Vaccination in the Punjab 1919-1929 - 1919-1929
Year: 1919
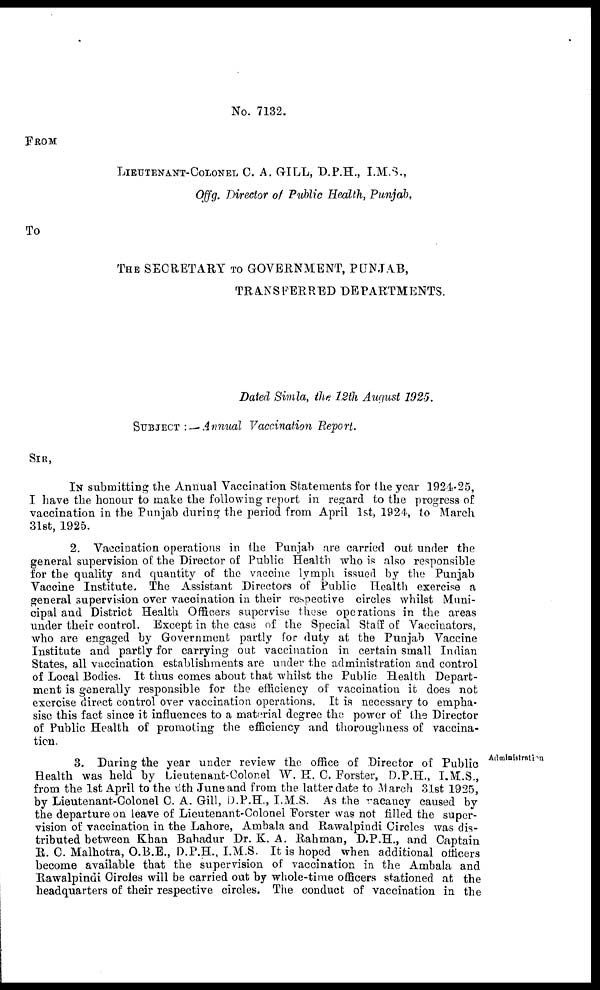
No. 7132.
FROM
LIEUTENANT-COLONEL C. A. GILL, D.P.H., I.M.S.,
Offg. Director of Public Health, Punjab,
To
THE SECRETARY TO GOVERNMENT, PUNJAB,
TRANSFERRED DEPARTMENTS.
Dated Simla, the 12th August 1925.
SUBJECT :— Annual Vaccination Report.
SIR,
IN submitting the Annual Vaccination Statements for the year 1924-25,
I have the honour to make the following report in regard to the progress of
vaccination in the Punjab during the period from April 1st, 1924, to March
31st, 1925.
2. Vaccination operations in the Punjab are carried out under the
general supervision of. the Director of Public Health who is also responsible
for the quality and quantity of the vaccine lymph issued by the Punjab
Vaccine Institute. The Assistant Directors of Public Health exercise a
general supervision over vaccination in their respective circles whilst Muni-
cipal and District Health Officers supervise these operations in the areas
under their control. Except in the case of the Special Staff of Vaccinators,
who are engaged by Government partly for duty at the Punjab Vaccine
Institute and partly for carrying out vaccination in certain small Indian
States, all vaccination establishments are under the administration and control
of Local Bodies. It thus comes about that whilst the Public Health Depart-
ment is generally responsible for the efficiency of vaccination it does not
exercise direct control over vaccination operations. It is necessary to empha-
sise this fact since it influences to a material degree the power of the Director
of Public Health of promoting the efficiency and thoroughness of vaccina-
tion.
Administration
3. During the year under review the office of Director of Public
Health was held by Lieutenant-Colonel W.H. C. Forster, D.P.H., I.M.S.,
from the 1st April to the 6th June and from the latter date to March 31st 1925,
by Lieutenant-Colonel C. A. Gill, D.P.H., I.M.S. As the vacancy caused by
the departure on leave of Lieutenant-Colonel Forster was not filled the super-
vision of vaccination in the Lahore, Ambala and Rawalpindi Circles was dis-
tributed between Khan Bahadur Dr. K. A. Rahman, D.P.H., and Captain
R. C. Malhotra, O.B.E., D.P.H. I.M.S. It is hoped when additional officers
become available that the supervision of vaccination in the Ambala and
Rawalpindi Circles will be carried out by whole-time officers stationed at the
headquarters of their respective circles. The conduct of vaccination in the